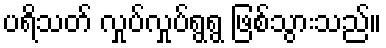
ပရိသတ် လှုပ်လှုပ်ရွရွ ဖြစ်သွားသည်။